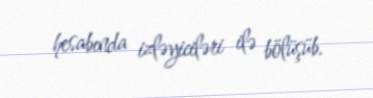
hesabında izləyiciləri ilə bölüşüb.